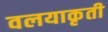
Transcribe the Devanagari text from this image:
वलयाकृती